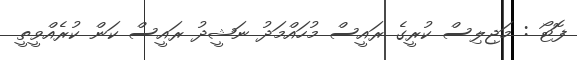
ފޮޓޯ : މަޖިލިސް ކުރީގެ ރައީސް މުހައްމަދު ނަޝީދު ރައީސް ކަން ކުރެއްވީތީ